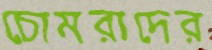
চোমরাদের